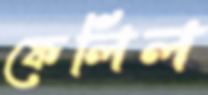
ফেলিল